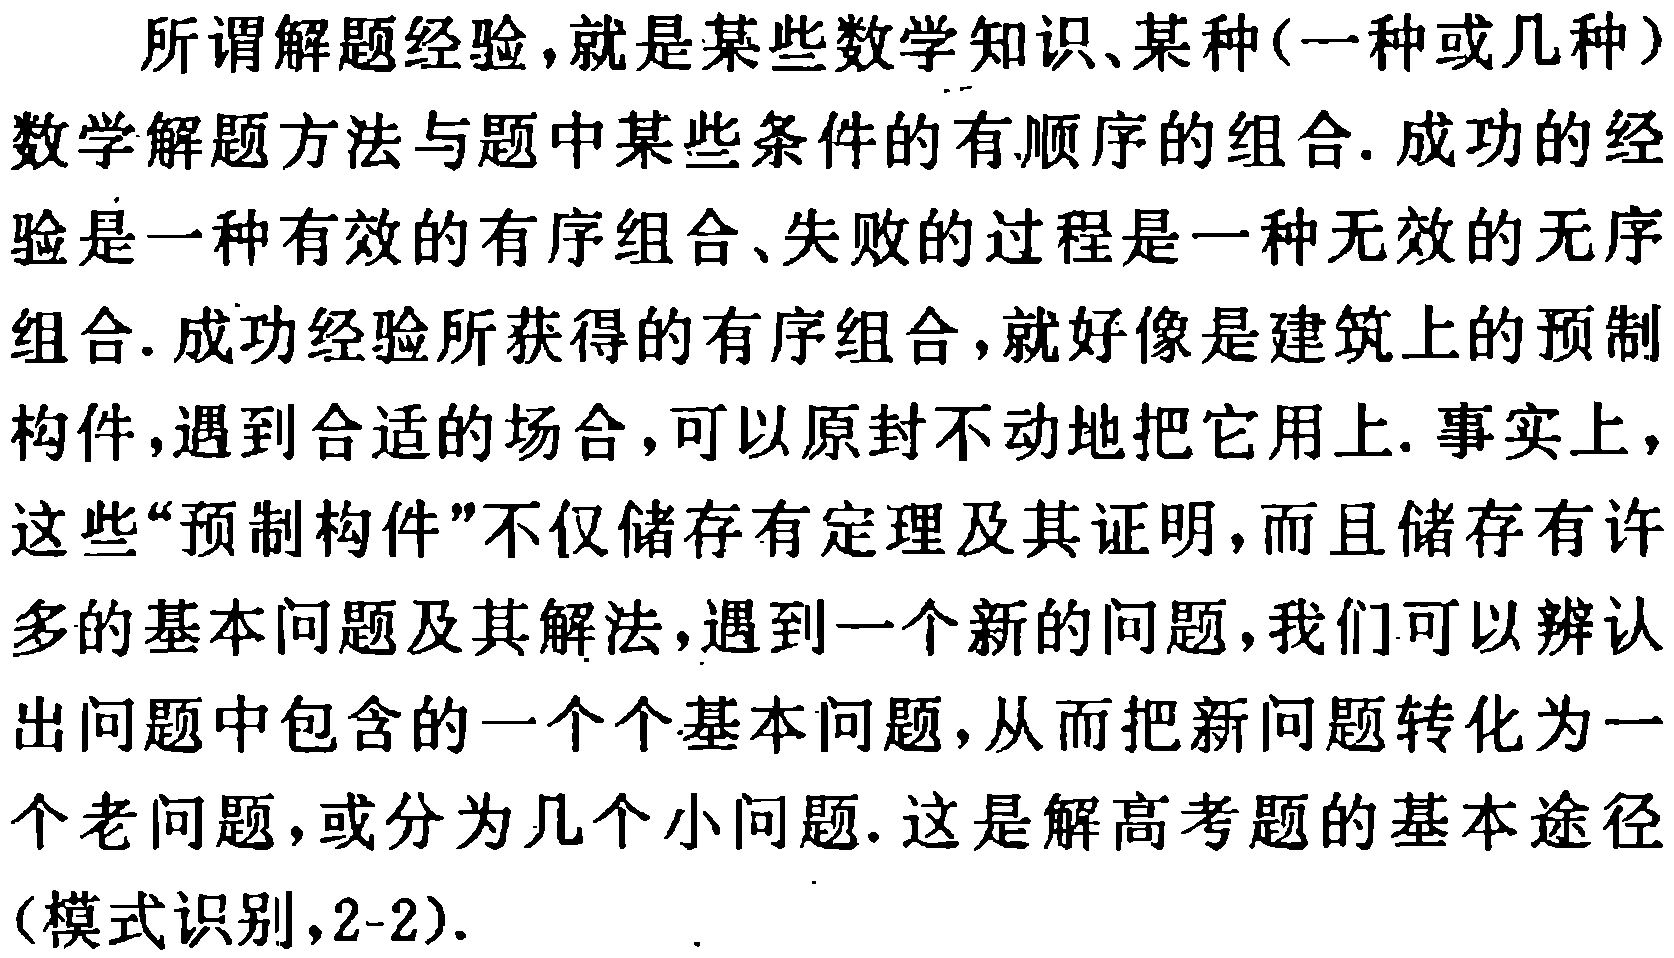
所谓解题经验，就是某些数学知识、某种(一种或几种)数学解题方法与题中某些条件的有顺序的组合. 成功的经验是一种有效的有序组合、失败的过程是一种无效的无序组合. 成功经验所获得的有序组合，就好像是建筑上的预制构件，遇到合适的场合，可以原封不动地把它用上. 事实上，这些“预制构件”不仅储存有定理及其证明，而且储存有许多的基本问题及其解法，遇到一个新的问题，我们可以辨认出问题中包含的一个个基本问题，从而把新问题转化为一个老问题，或分为几个小问题. 这是解高考题的基本途径(模式识别,2-2).